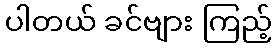
ပါတယ် ခင်ဗျား ကြည့်